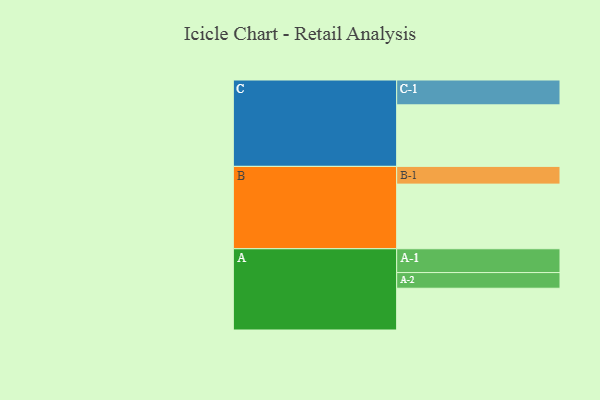
{"axis": {"x": "Segment", "y": "Value"}, "legend": ["", "A", "B", "C"], "data": [{"x": "A", "y": 365, "type": ""}, {"x": "B", "y": 565, "type": ""}, {"x": "C", "y": 538, "type": ""}, {"x": "A-1", "y": 208, "type": "A"}, {"x": "A-2", "y": 137, "type": "A"}, {"x": "B-1", "y": 155, "type": "B"}, {"x": "C-1", "y": 217, "type": "C"}]}